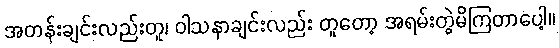
အတန်းချင်းလည်းတူ၊ ဝါသနာချင်းလည်း တူတော့ အရမ်းတွဲမိကြတာပေါ့။